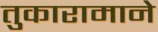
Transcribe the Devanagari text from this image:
तुकारामाने